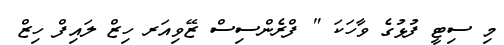
މި ސިޓީ ފުޅުގެ ވާހަކަ " ފްރެންސިސް ޒޭވިއަރ ހިޒް ލައިފް ހިޒް